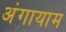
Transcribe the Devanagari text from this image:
अंगायाम